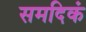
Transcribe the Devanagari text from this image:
समदिकं